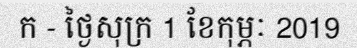
ក - ថ្ងៃសុក្រ 1 ខែកុម្ភៈ 2019